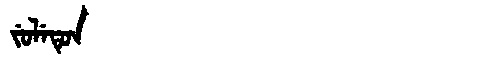
Manchu: ᠵᡠᠯᡝᡨᡠᠨ
Romanization: JULETUN